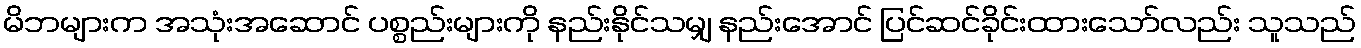
မိဘများက အသုံးအဆောင် ပစ္စည်းများကို နည်းနိုင်သမျှ နည်းအောင် ပြင်ဆင်ခိုင်းထားသော်လည်း သူသည်